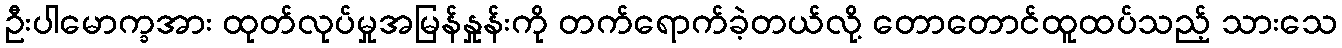
ဦးပါမောက္ခအား ထုတ်လုပ်မှုအမြန်နှုန်းကို တက်ရောက်ခဲ့တယ်လို့ တောတောင်ထူထပ်သည့် သားသေ